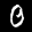
Label: 0